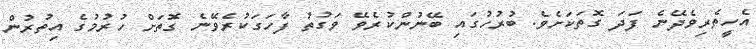
އެހީތެރިވެދޭނެ ފަދަ ގޮތަކަށެވެ. ބުރުހުގައި ބޭނުންކުރެވޭ ވަގުތު ފާހަގަކުރެވޭނެ ގޮތަށް ހުރުމުގެ އިތުރުން